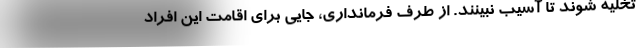
تخلیه شوند تا آسیب نبینند. از طرف فرمانداری، جایی برای اقامت این افراد